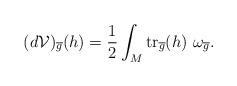
LaTeX: \begin{align*}(d\mathcal{V})_{\overline{g}}(h) = \displaystyle\frac{1}{2} \displaystyle\int_{M} \mbox{tr}_{\overline{g}}(h) \ \omega_{\overline{g}}.\end{align*}